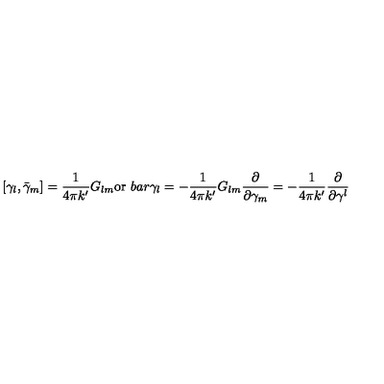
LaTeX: [ \gamma _ { l } , \bar { \gamma } _ { m } ] = \frac { 1 } { 4 \pi k ^ { \prime } } G _ { l m } \mathrm { o r } \ b a r { \gamma } _ { l } = - \frac { 1 } { 4 \pi k ^ { \prime } } G _ { l m } \frac { \partial } { \partial \gamma _ { m } } = - \frac { 1 } { 4 \pi k ^ { \prime } } \frac { \partial } { \partial \gamma ^ { l } }